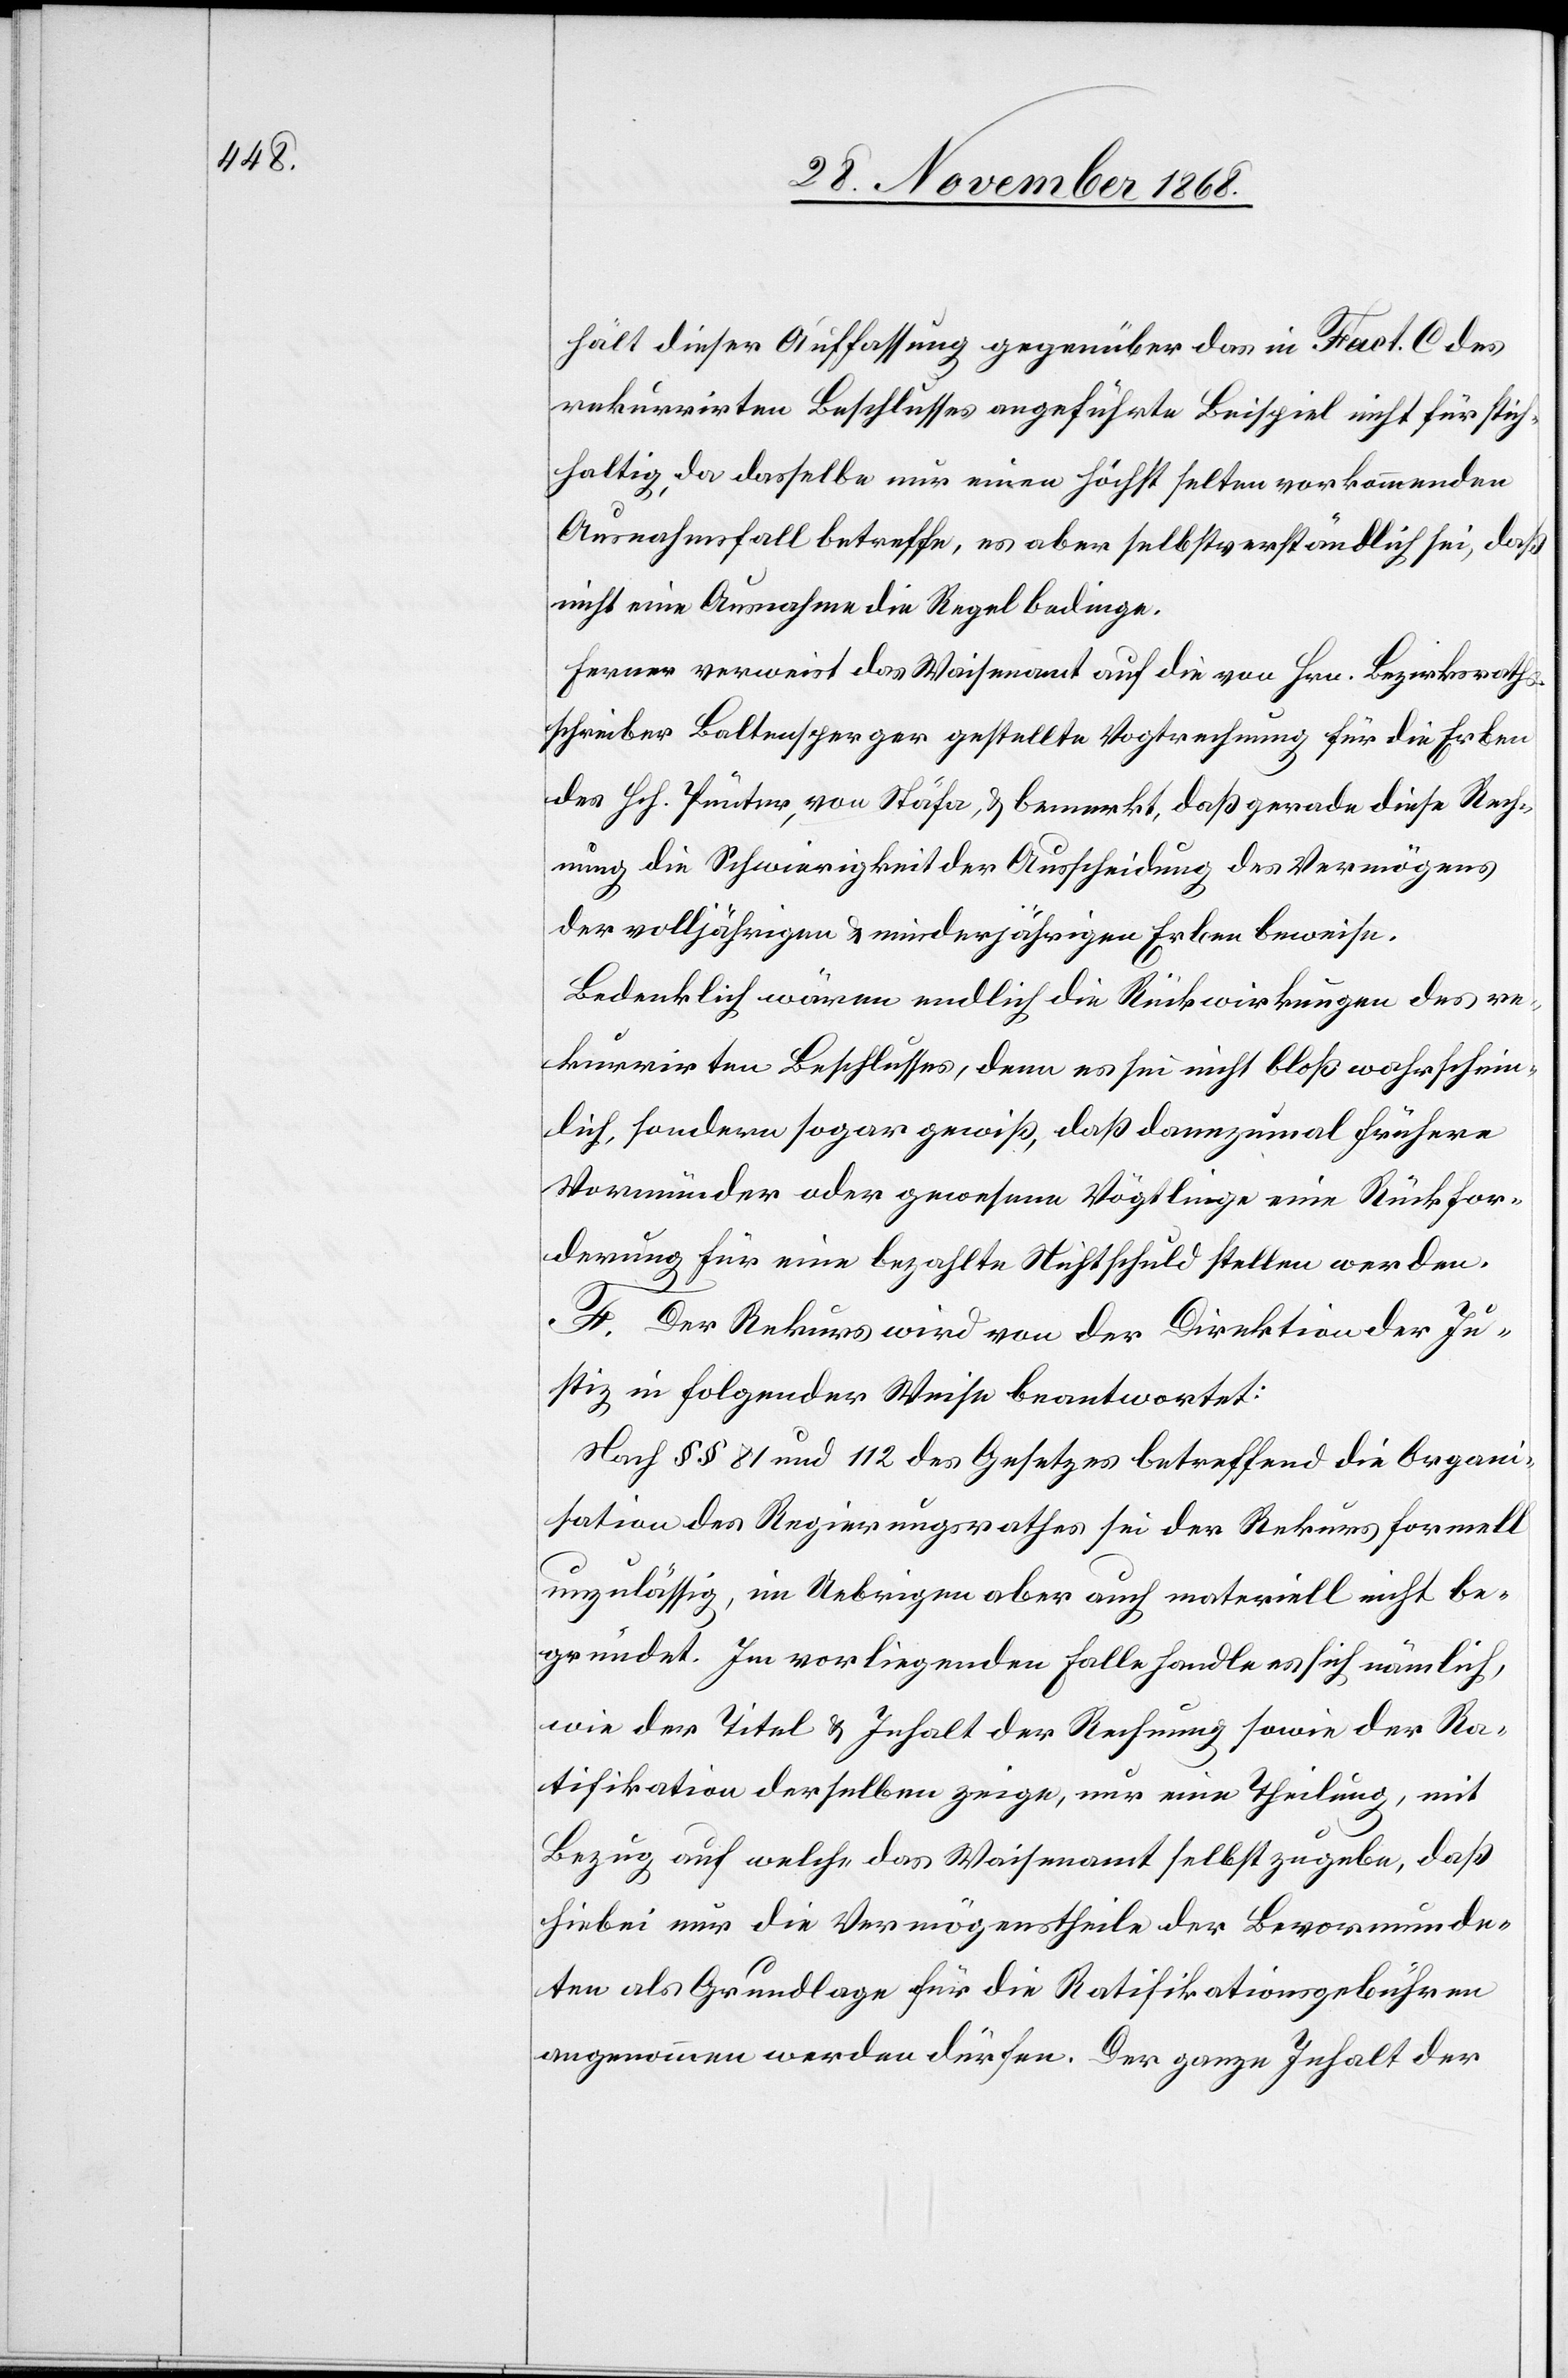
hält dieser Auffassung gegenüber das in Fact. C des
rekurrirten Beschlusses angeführte Beispiel nicht für stich¬
haltig, da dasselbe nur einen höchst selten vorkommenden
Ausnahmsfall betreffe, es aber selbstverständlich sei, daß
nicht eine Ausnahme die Regel bedinge.
Ferner verweist das Waisenamt auf die von Hrn. Bezirksraths¬
schreiber Baltensperger gestellte Vogtrechnung für die Erben
des Hch. Pünter, von Stäfa, & bemerkt, daß gerade diese Rech¬
nung die Schwierigkeit der Ausscheidung des Vermögens
der volljährigen & minderjährigen Erben beweise.
Bedenklich wären endlich die Rückwirkungen des re¬
kurrirten Beschlusses, denn es sei nicht bloß wahrschein¬
lich, sondern sogar gewiß, daß dannzumal frühere
Vormünder oder gewesene Vögtlinge eine Rückfor¬
derung für eine bezahlte Nichtschuld stellen werden.
F. Der Rekurs wird von der Direktion der Ju¬
stiz in folgender Weise beantwortet:
Nach §§ 81 und 112 des Gesetzes betreffend die Organi¬
sation des Regierungsrathes sei der Rekurs formell
unzulässig, im Uebrigen aber auch materiell nicht be¬
gründet. Im vorliegenden Falle handle es sich nämlich,
wie der Titel & Inhalt der Rechnung sowie der Ra¬
tifikation derselben zeige, nur [um] eine Theilung, mit
Bezug auf welche das Waisenamt selbst zugebe, daß
hiebei nur die Vermögenstheile der Bevormunde¬
ten als Grundlage für die Ratifikationsgebühren
angenommen werden dürfen. Der ganze Inhalt der